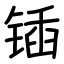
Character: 锸